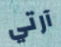
آرتي